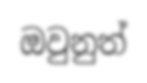
ඔවුනුත්